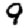
Digit: 9